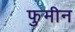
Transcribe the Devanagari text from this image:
फुमीन